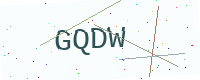
Text: GQDW